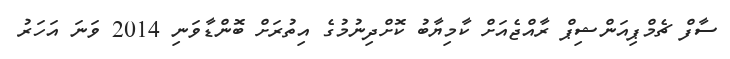
ސާފް ޗެމްޕިއަންޝިޕް ރާއްޖެއަށް ކާމިޔާބު ކޮށްދިނުމުގެ އިތުރަށް ބޮންޑާވަނި 2014 ވަނަ އަހަރު